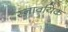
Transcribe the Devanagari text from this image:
स्नावयिक